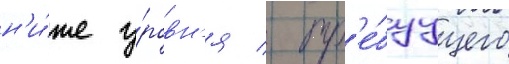
н'и́же у́ровн'я / тр'е́буущего